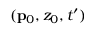
( \mathbf { p } _ { 0 } , z _ { 0 } , t ^ { \prime } )